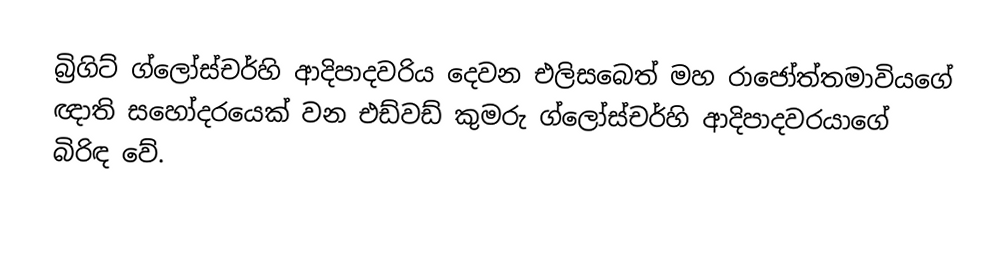
බ්‍රිගිට් ග්ලෝස්චර්හි ආදිපාදවරිය දෙවන එලිසබෙත් මහ රාජෝත්තමාවියගේ ඥාති සහෝදරයෙක් වන එඩ්වඩ් කුමරු ග්ලෝස්චර්හි ආදිපාදවරයාගේ බිරිඳ වේ.